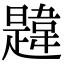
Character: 韙